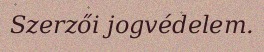
Szerzői jogvédelem.